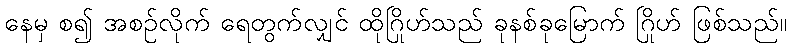
နေမှ စ၍ အစဉ်လိုက် ရေတွက်လျှင် ထိုဂြိုဟ်သည် ခုနစ်ခုမြောက် ဂြိုဟ် ဖြစ်သည်။